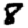
Digit: 8